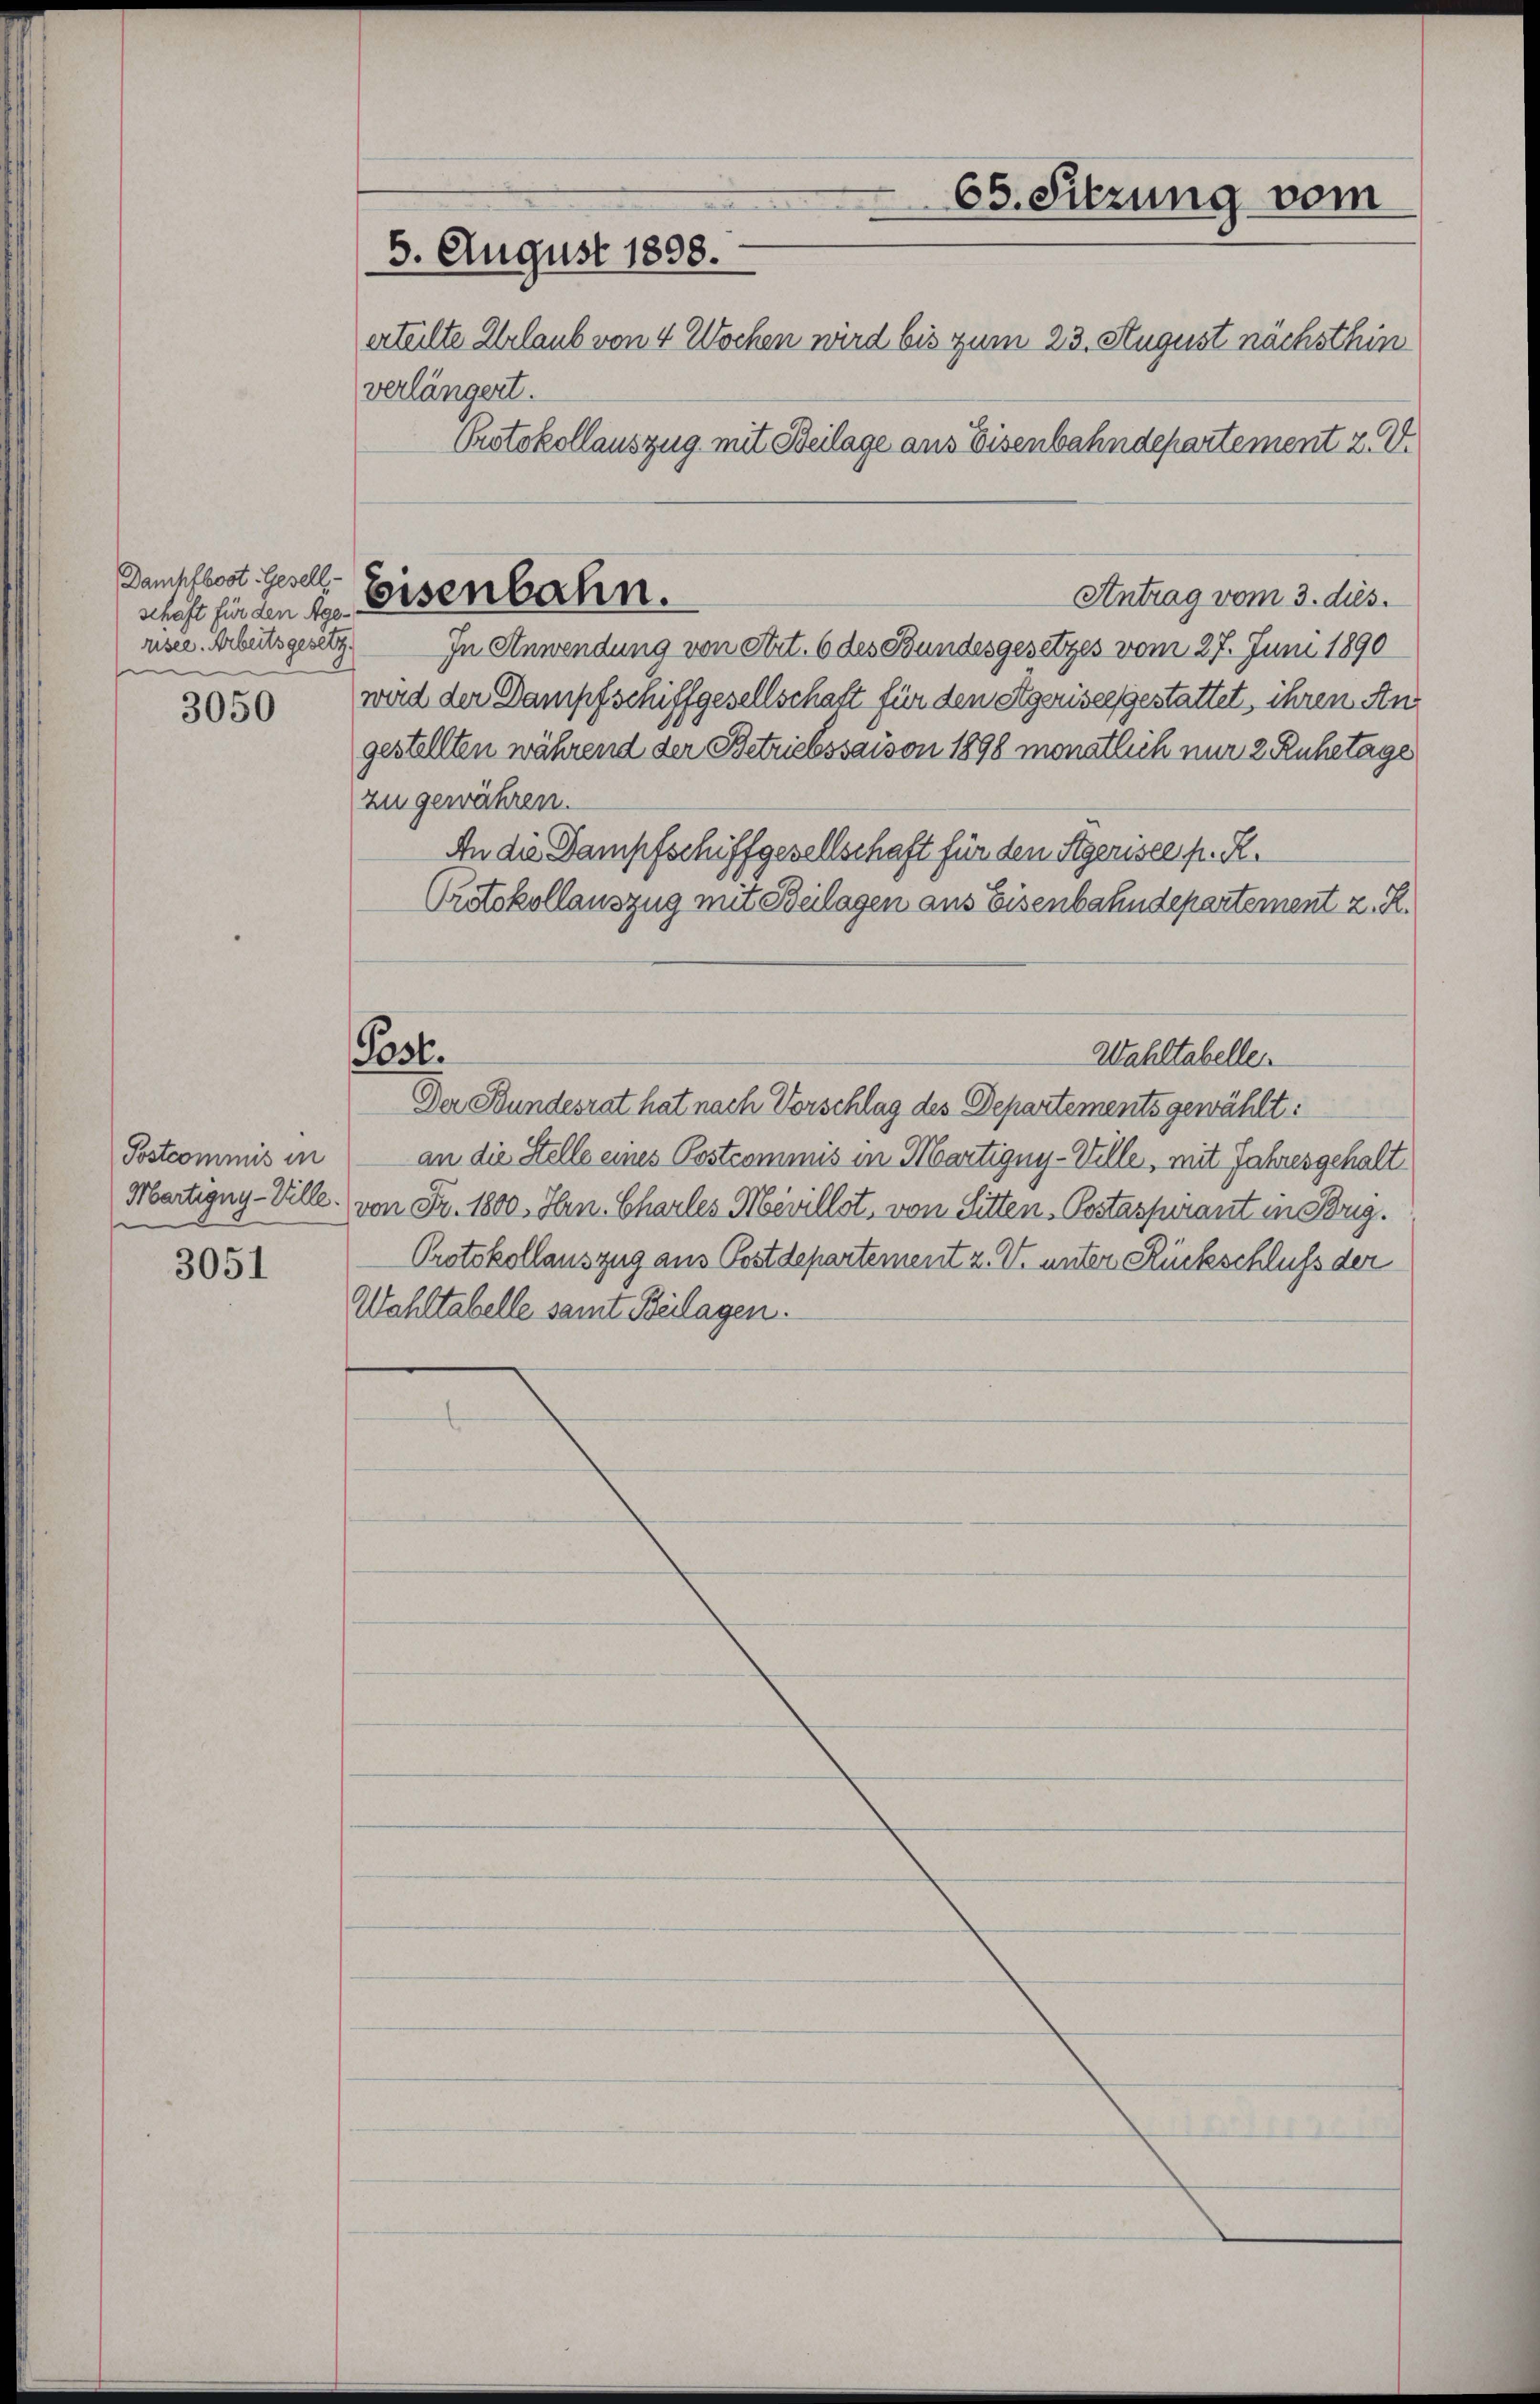
Damchfbost. Gesell-
schaft für den Age-
riser. Arbeitsgesetz
e

3050

Postcommis in
Martigny-Ville.

3051

65. Sitzung vom
5. August 1898.
erteilte Urlaub von 4 Wochen wird bis zum 23. August nächsthin
verlängert.
Protokollauszug mit Beilage aus Eisenbahndepartement 2. V.

Antrag vom 3. dus.
In Anwendung von Art. 6 des Bundesgesetzes vom 27. Juni 1890
wird der Dampfschiffgesellschaft für den Egeriscesgestattet, ihren Angestellten während der Betriebssaison 1898 monatlich nur 2 Ruhetage
zu gewähren.
An die Dampfschiffgesellschaft für den Stgerisce p. R.
Protokollauszug mit Beilagen aus Eisenbahndepartement z. R.
Post.
Wahltabellen
Der Bundesrat hat nach Vorschlag des Departements gewählt:
an die Stelle eines Postcommis in Martigny-Ville, mit Jahresgehalt
von Fr. 1800. Hrn. Charles Mevillst, von Sitten-Postaspirant in Obrig.
Protokollauszug aus Postdepartement z. V. unter Rückschluß der
Wohltabelle samt Beilagen.

Eisenbahn.